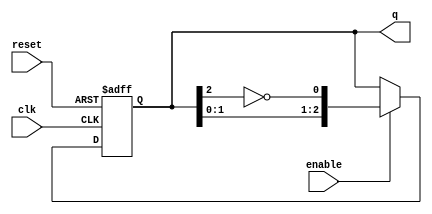
module johnson_counter #(
    parameter n = 3  // Number of flip-flops (default is 3)
)(
    input wire clk,        // Clock input
    input wire reset,      // Asynchronous reset
    input wire enable,     // Enable signal
    output reg [n-1:0] q   // Counter output
);

    // Johnson counter logic
    always @(posedge clk or posedge reset) begin
        if (reset) begin
            q <= 0;  // Reset output to 0
        end else if (enable) begin
            // Johnson counter state transition
            q <= {q[n-2:0], ~q[n-1]};  // Shift left and feed back inverted last bit
        end
    end

endmodule